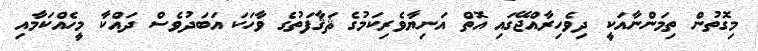
މިގޮތުން ތިމަންނާއަކީ ދިވެހިރާއްޖޭގައި އޮތް އަނިޔާވެރިކަމުގެ ޘަޤާފަތުގެ ވާހަކަ އަބަދުވެސް ދައްކާ މީހެއްކަމާއި